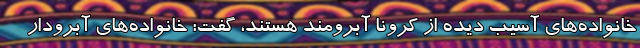
خانواده‌های آسیب دیده از کرونا آبرومند هستند، گفت: خانواده‌های آبرودار